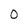
Character: 0